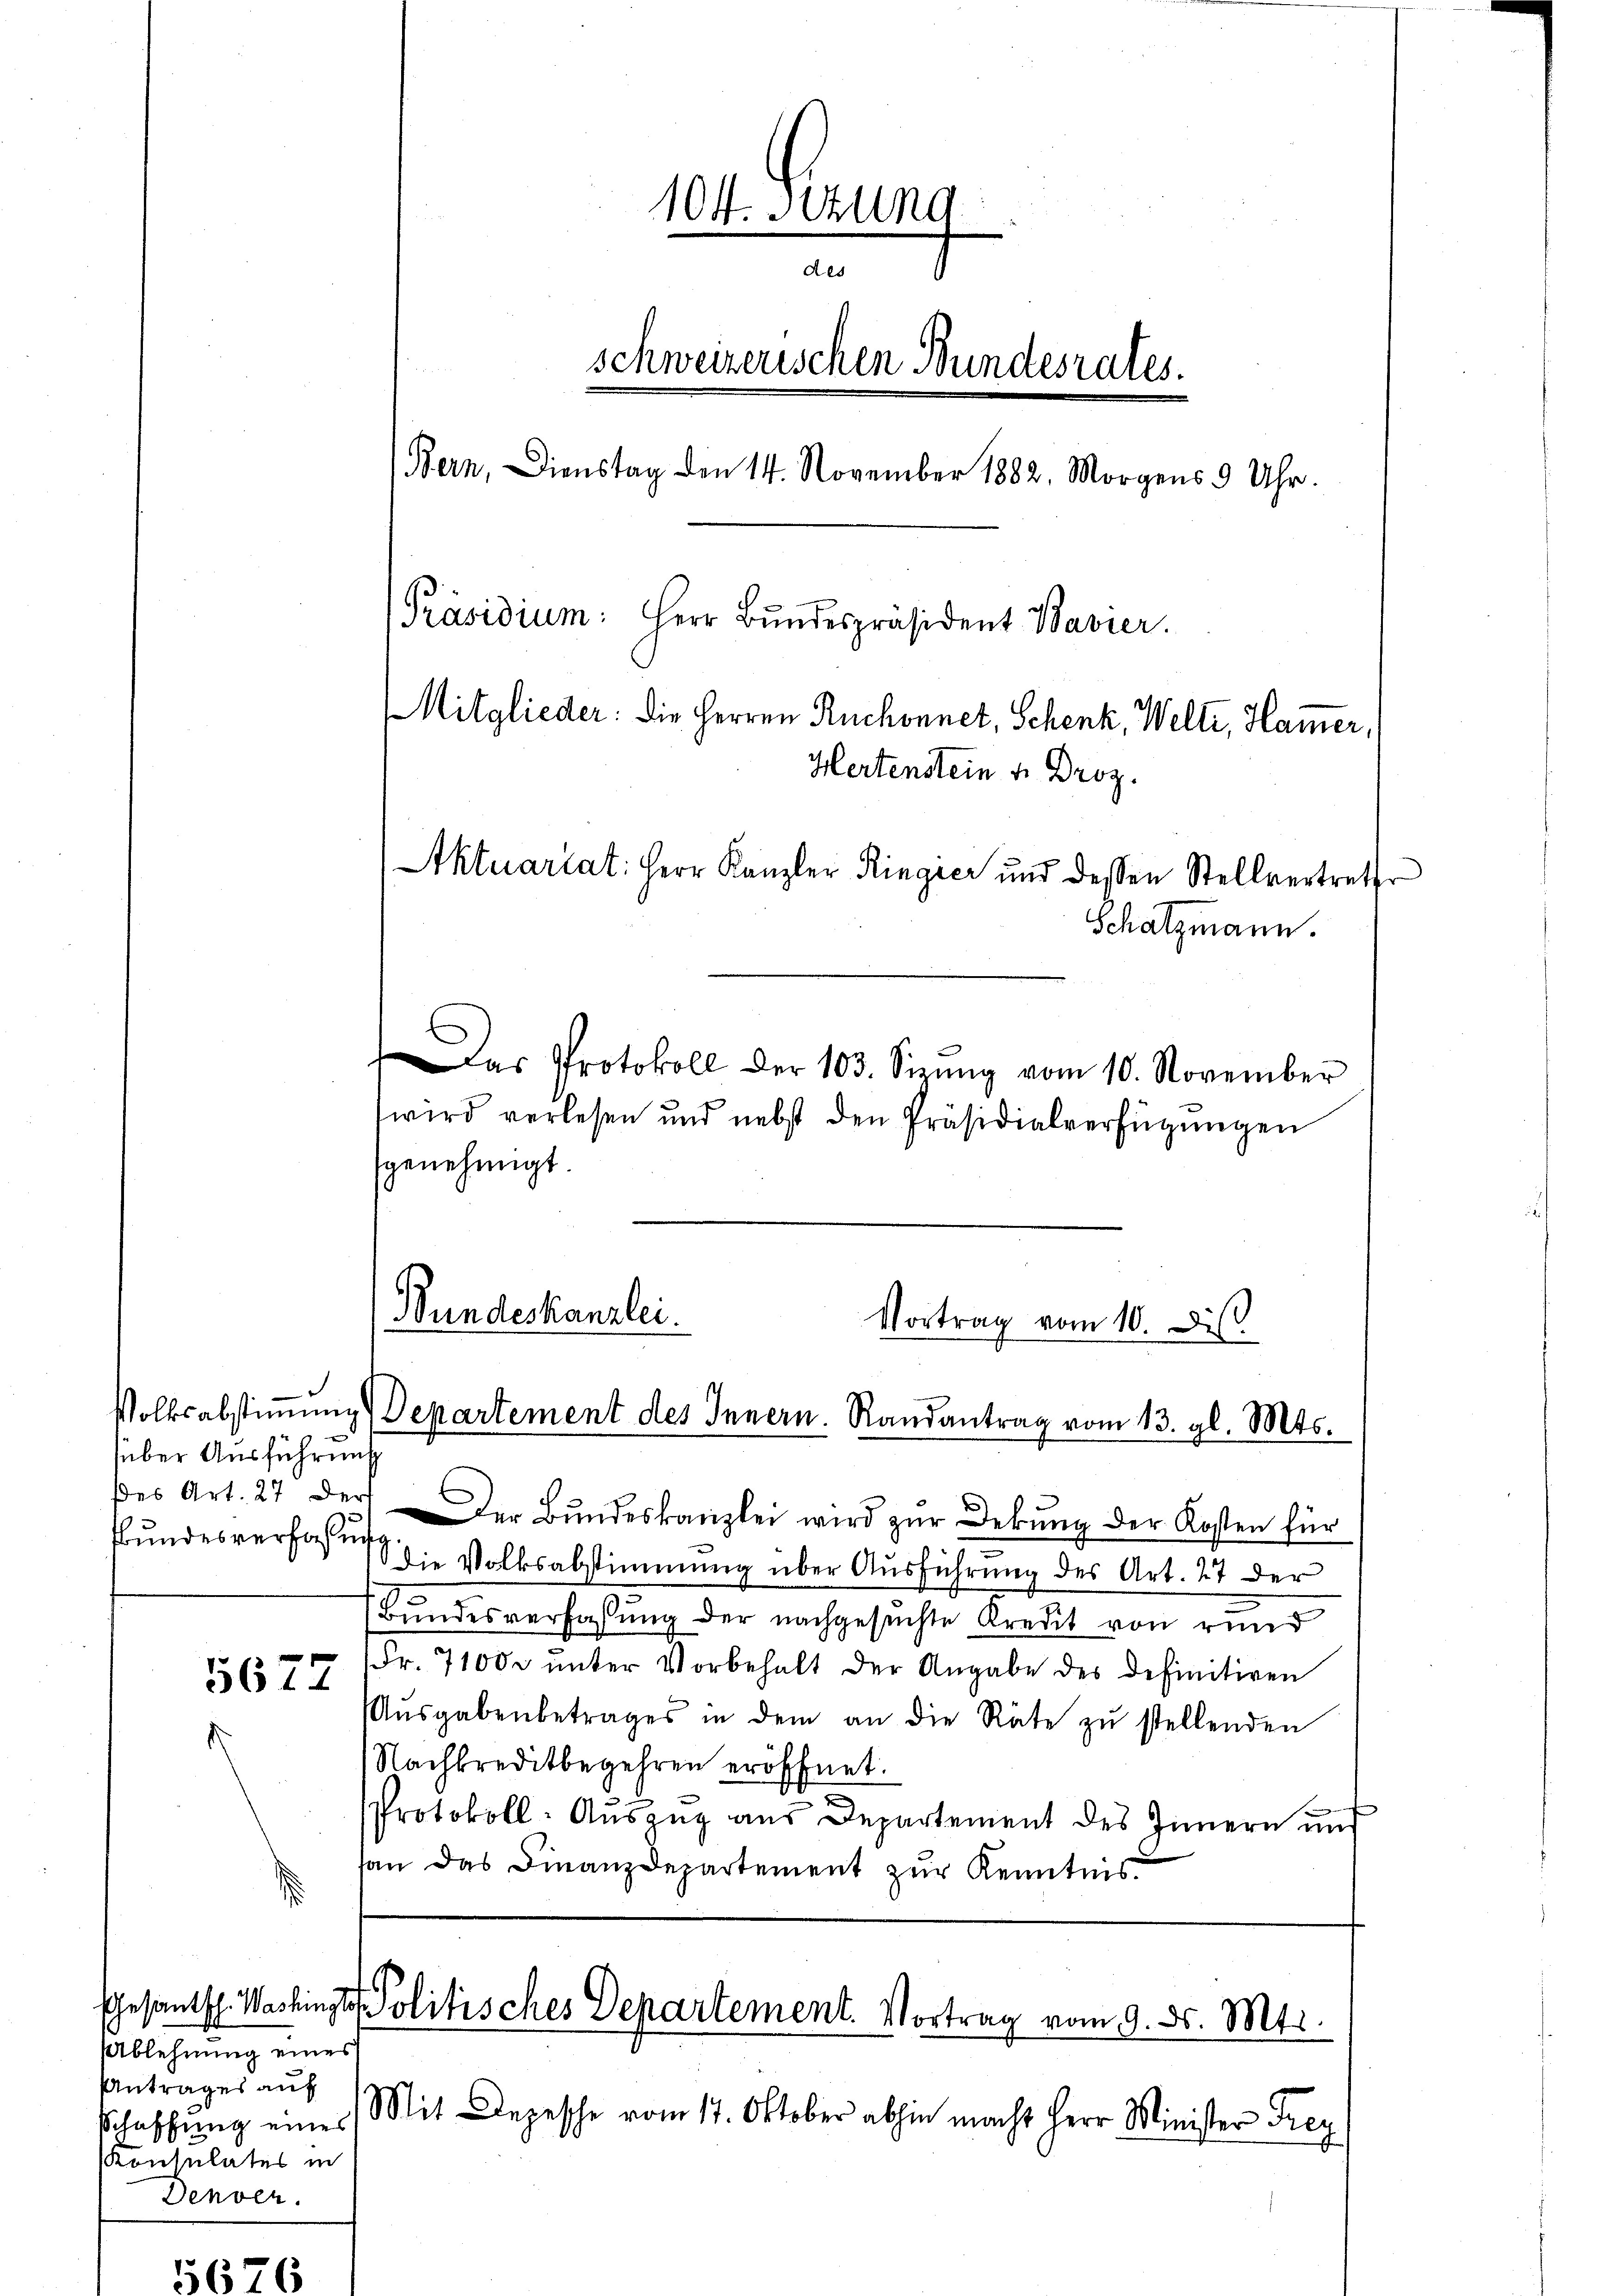
über Ausführung
fundesverfaßung

d

5677

Ablehnung eines
Antrages auf
schaffung eines
Konsulates in
Denver

104. Setzung
des
schweizerischen Bundesrates.
Bern, Dienstag den 14. November 1882. Morgens 3 Uhr.
[Präsidium: Herr Bundespräsident Bavier.
Mitglieder: die Herren Ruchonnet, Schenk, Welti, Ham̅er,
Hertenstein u. Droz.
Aktuariat: Herr Kanzler Ringier und dessen Stellvertrette
Schatzmann.

Das Protokoll der 103. Sizŭng vom 10. November
wird verlesen und nebst den Präsidialverfügungen
genehmigt.

des Art. 27 der der Bŭndeskanzlei wird zŭr Dekŭng der Kosten für
die Volksabstimmung über Ausführung des Art. 27 der
Bundesverfassung der nachgesuchte Kredit von rund
Fr. 7100 r ŭnter Vorbehalt der Angabe des Definitiven
Aŭsgabenbetrages in dem an die Räte zŭ stellenden
Nachkreditbegehren eröffnet.
Protokoll-Aŭszŭg aŭs Departement des Innern und
han das Finanzdepartement zur Kenntnis

Bundeskanzlei.
Vortrag vom 10. Dis
Volksabstiṁŭng Departement des Innern. Randantrag vom 13. gl. Mts.

Gesantsch. Washingte Politisches Departement. Vortrag vom 9. ds. Mts.

Mit Depesche vom 17. Oktober abhin macht Herr Minister Frey